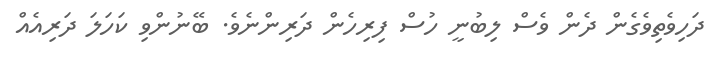
ދަހިވެތިވެގެން ދެން ވެސް ލިބުނީ ހުސް ފިރިހެން ދަރިންނެވެ. ބޭނުންވި ކަހަލަ ދަރިއެއް